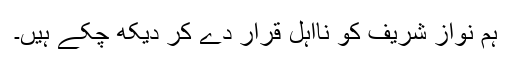
ہم نواز شریف کو نااہل قرار دے کر دیکھ چکے ہیں۔